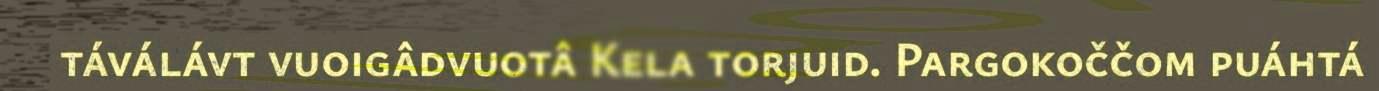
táválávt vuoigâdvuotâ Kela torjuid. Pargokoččom puáhtá